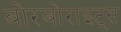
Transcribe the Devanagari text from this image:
बोरबोराइट्स